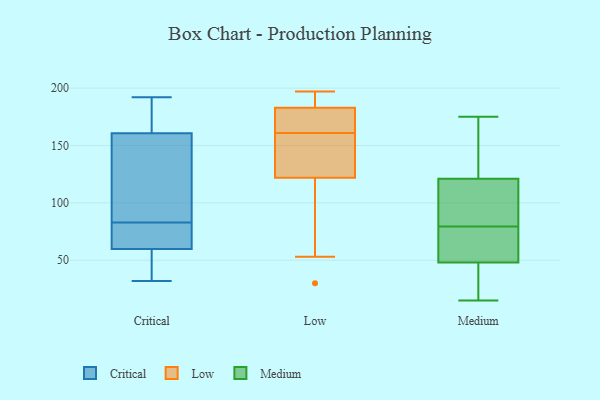
{"axis": {"x": "Website Visitors", "y": "Value"}, "legend": ["Critical", "Low", "Medium"], "data": [{"x": "", "y": 83, "type": "Critical"}, {"x": "", "y": 65, "type": "Critical"}, {"x": "", "y": 44, "type": "Critical"}, {"x": "", "y": 67, "type": "Critical"}, {"x": "", "y": 160, "type": "Critical"}, {"x": "", "y": 185, "type": "Critical"}, {"x": "", "y": 151, "type": "Critical"}, {"x": "", "y": 97, "type": "Critical"}, {"x": "", "y": 32, "type": "Critical"}, {"x": "", "y": 73, "type": "Critical"}, {"x": "", "y": 163, "type": "Critical"}, {"x": "", "y": 192, "type": "Critical"}, {"x": "", "y": 37, "type": "Critical"}, {"x": "", "y": 164, "type": "Low"}, {"x": "", "y": 189, "type": "Low"}, {"x": "", "y": 141, "type": "Low"}, {"x": "", "y": 143, "type": "Low"}, {"x": "", "y": 194, "type": "Low"}, {"x": "", "y": 158, "type": "Low"}, {"x": "", "y": 30, "type": "Low"}, {"x": "", "y": 169, "type": "Low"}, {"x": "", "y": 177, "type": "Low"}, {"x": "", "y": 197, "type": "Low"}, {"x": "", "y": 103, "type": "Low"}, {"x": "", "y": 53, "type": "Low"}, {"x": "", "y": 75, "type": "Medium"}, {"x": "", "y": 84, "type": "Medium"}, {"x": "", "y": 60, "type": "Medium"}, {"x": "", "y": 36, "type": "Medium"}, {"x": "", "y": 145, "type": "Medium"}, {"x": "", "y": 21, "type": "Medium"}, {"x": "", "y": 63, "type": "Medium"}, {"x": "", "y": 137, "type": "Medium"}, {"x": "", "y": 15, "type": "Medium"}, {"x": "", "y": 90, "type": "Medium"}, {"x": "", "y": 175, "type": "Medium"}, {"x": "", "y": 105, "type": "Medium"}]}